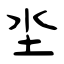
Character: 坔